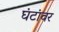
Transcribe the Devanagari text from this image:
घंटांवर